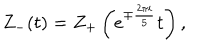
Z _ { - } ( t ) = Z _ { + } \left( e ^ { \mp { \frac { 2 \pi i } { 5 } } } t \right) ,